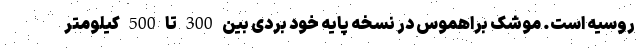
روسیه است. موشک براهموس در نسخه پایه خود بردی بین 300 تا 500 کیلومتر